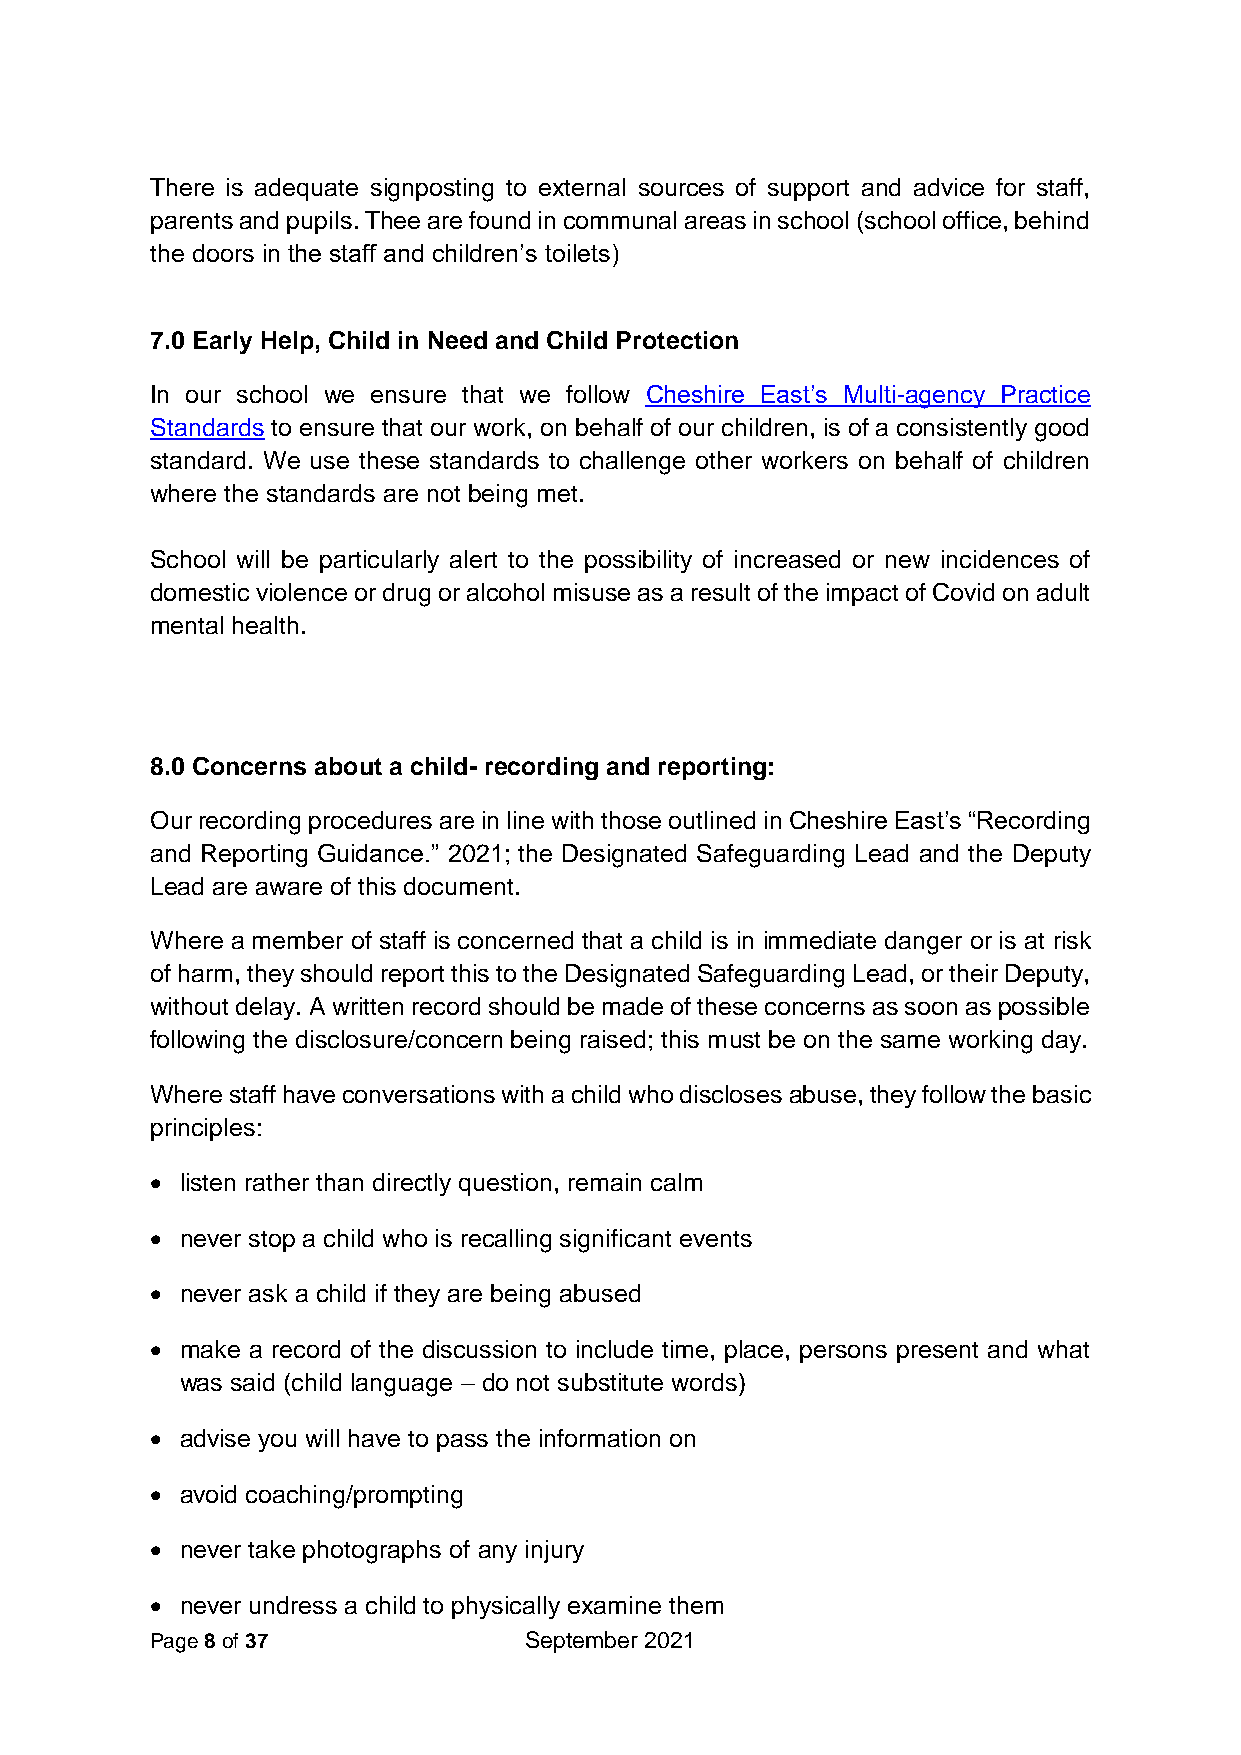
There is adequate signposting to external sources of support and advice for staff,
 parents and pupils. Thee are found in communal areas in school (school office, behind
 the doors in the staff and children’s toilets)
 7.0 Early Help, Child in Need and Child Protection
 In our school we ensure that we follow Cheshire East’s Multi-agency Practice
 Standards to ensure that our work, on behalf of our children, is of a consistently good
 standard. We use these standards to challenge other workers on behalf of children
 where the standards are not being met.
 School will be particularly alert to the possibility of increased or new incidences of
 domestic violence or drug or alcohol misuse as a result of the impact of Covid on adult
 mental health.
 8.0 Concerns about a child- recording and reporting:
 Our recording procedures are in line with those outlined in Cheshire East’s “Recording
 and Reporting Guidance.” 2021; the Designated Safeguarding Lead and the Deputy
 Lead are aware of this document.
 Where a member of staff is concerned that a child is in immediate danger or is at risk
 of harm, they should report this to the Designated Safeguarding Lead, or their Deputy,
 without delay. A written record should be made of these concerns as soon as possible
 following the disclosure/concern being raised; this must be on the same working day.
 Where staff have conversations with a child who discloses abuse, they follow the basic
 principles:
 • listen rather than directly question, remain calm
 • never stop a child who is recalling significant events
 • never ask a child if they are being abused
 • make a record of the discussion to include time, place, persons present and what
 was said (child language – do not substitute words)
 • advise you will have to pass the information on
 • avoid coaching/prompting
 • never take photographs of any injury
 • never undress a child to physically examine them
 Page 8 of 37             September 2021